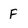
Character: f